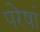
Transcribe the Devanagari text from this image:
परेषां